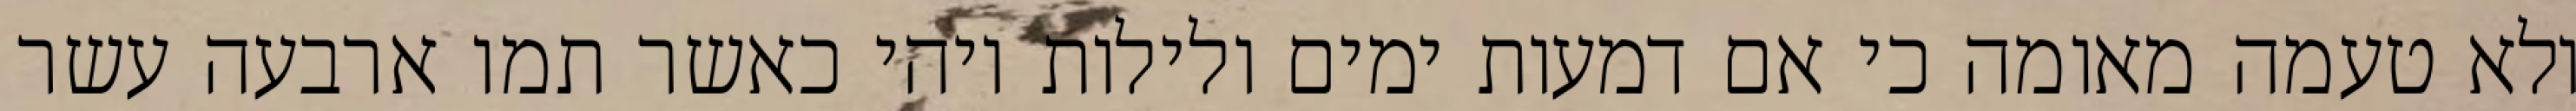
ולא טעמה מאומה כי אם דמעות ימים ולילות ויהי כאשר תמו ארבעה עשר